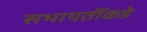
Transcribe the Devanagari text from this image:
सभापतींकडे